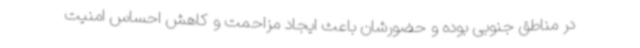
در مناطق جنوبی بوده و حضورشان باعث ایجاد مزاحمت و کاهش احساس امنیت